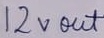
Text: 12V out